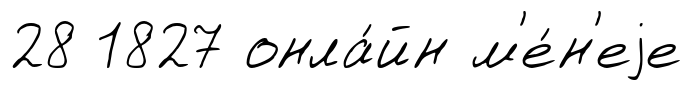
28 1827 онла́йн м'е́н'еjе